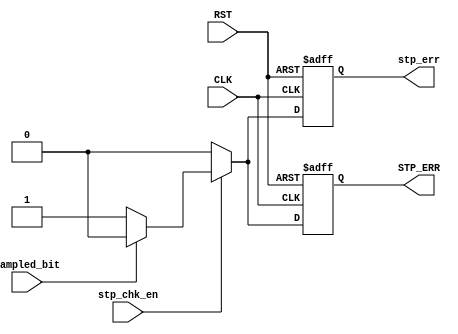
/*
   ******  Stop Bit Check Block ******
   by:
       Mohamed Hazem Mamdouh
       10-9-2022
       3:54 PM   
*/
`timescale 1us/1ns
module stop_chk # (
    parameter BUS_WIDTH =  8
    )
(
    input  wire                        CLK,
    input  wire                        RST,
    input  wire                        stp_chk_en,
    input  wire                        sampled_bit,
    output reg                         stp_err,
    output reg                         STP_ERR

);



// seq always block

always@(posedge CLK or negedge RST)
  begin
   if (!RST) 
        begin
        stp_err  <= 0;
        STP_ERR  <= 0;
        end

   else if (stp_chk_en)
        begin
        if (sampled_bit)
        begin
        stp_err  <= 1'b0;
        STP_ERR  <= 1'b0;
        end
        else if (!sampled_bit)
        begin
        stp_err  <= 1'b1;
        STP_ERR  <= 1'b1;
        end
        end
    else if (!stp_chk_en )
        begin
        stp_err  <= 1'b0;
        STP_ERR  <= 1'b0;
        end        
end
endmodule